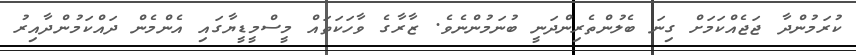
ކުރަމުންދާ ޖަޖެއްކަމަށް ގިނަ ބެލުންތެރިންދަނީ ބުނަމުންނެވެ. ޒާރާގެ ވާހަކަތައް މީސްމީޑީޔާގައި އެންމެން ދައްކަމުންދާއިރު